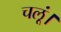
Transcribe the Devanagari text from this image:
चलूं।